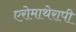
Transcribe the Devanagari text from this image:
एरोमाथेरापी